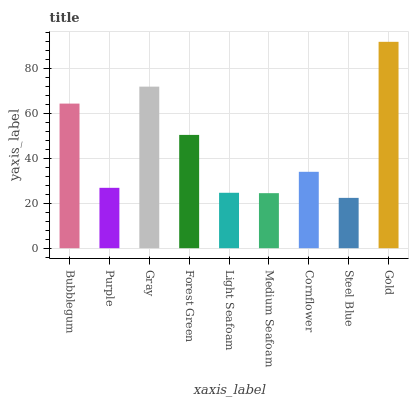
| xaxis_label | bars |
 | --- | --- |
 | Bubblegum | 64.3 |
 | Purple | 26.9 |
 | Gray | 71.9 |
 | Forest Green | 50.4 |
 | Light Seafoam | 24.7 |
 | Medium Seafoam | 24.5 |
 | Cornflower | 34 |
 | Steel Blue | 22.4 |
 | Gold | 91.8 |